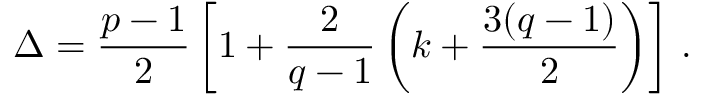
\Delta = { \frac { p - 1 } { 2 } } \left[ 1 + { \frac { 2 } { q - 1 } } \left( k + { \frac { 3 ( q - 1 ) } { 2 } } \right) \right] \, .